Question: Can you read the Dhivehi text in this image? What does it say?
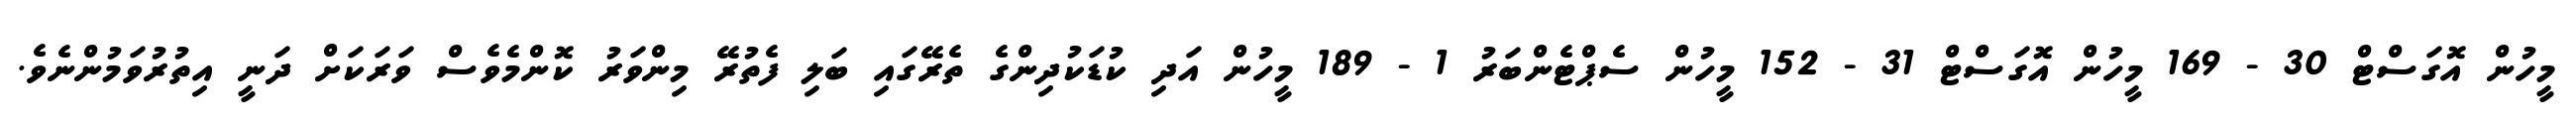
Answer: މީހުން އޮގަސްޓް 30 - 169 މީހުން އޮގަސްޓް 31 - 152 މީހުން ސެޕްޓެންބަރު 1 - 189 މީހުން އަދި ކުޑަކުދިންގެ ތެރޭގައި ބަލި ފެތުރޭ މިންވަރު ކޮންމެވެސް ވަރަކަށް ދަނީ އިތުރުވަމުންނެވެ.